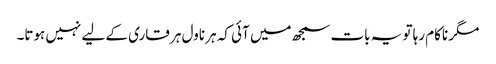
مگر ناکام رہا تو یہ بات سمجھ میں آئی کہ ہر ناول ہر قاری کے لیے نہیں ہوتا۔